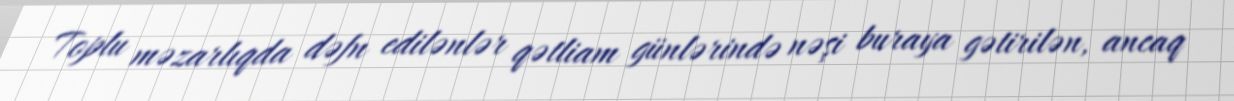
Toplu məzarlıqda dəfn edilənlər qətliam günlərində nəşi buraya gətirilən, ancaq